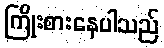
ကြိုးစားနေပါသည်